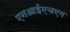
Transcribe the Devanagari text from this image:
एनआईएचएम